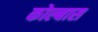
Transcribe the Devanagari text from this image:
कोल्बास